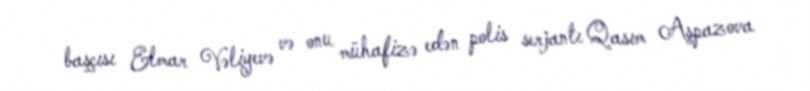
başçısı Elmar Vəliyevə və onu mühafizə edən polis serjantı Qasım Aşpazova